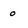
Character: 0